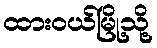
ထားဝယ်မြို့သို့